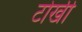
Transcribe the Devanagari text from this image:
टोखी